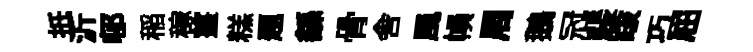
扺沂邨稲稼薑糕题繇骨舎風𢄙周鵝冠裴䟦巧屈